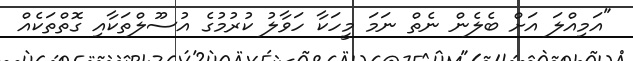
"އަމިއްލަ އަށް ބެލެން ނެތް ނަމަ މީހަކާ ހަވާލު ކުރުމުގެ އުސޫލްތަކާއި ގޮތްތަކެއް